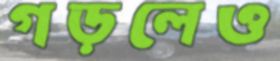
গড়লেও